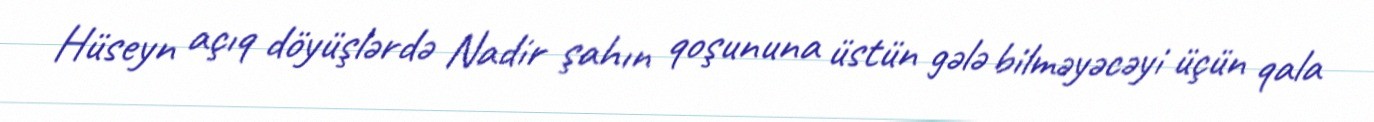
Hüseyn açıq döyüşlərdə Nadir şahın qoşununa üstün gələ bilməyəcəyi üçün qala